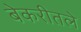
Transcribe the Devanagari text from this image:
बेकरीतले